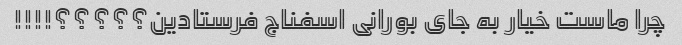
چرا ماست خیار به جای بورانی اسفناج فرستادین؟؟؟؟؟!!!!